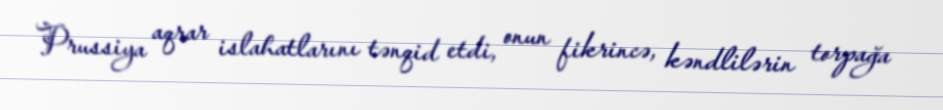
Prussiya aqrar islahatlarını tənqid etdi, onun fikrincə, kəndlilərin torpağa